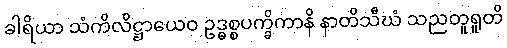
ခါရိယာ သံကိလိဋ္ဌာယေဝ ဥဒ္ဓစ္စပက္ခိကာနိ နာတိသီဃံ သညတူရူတိ